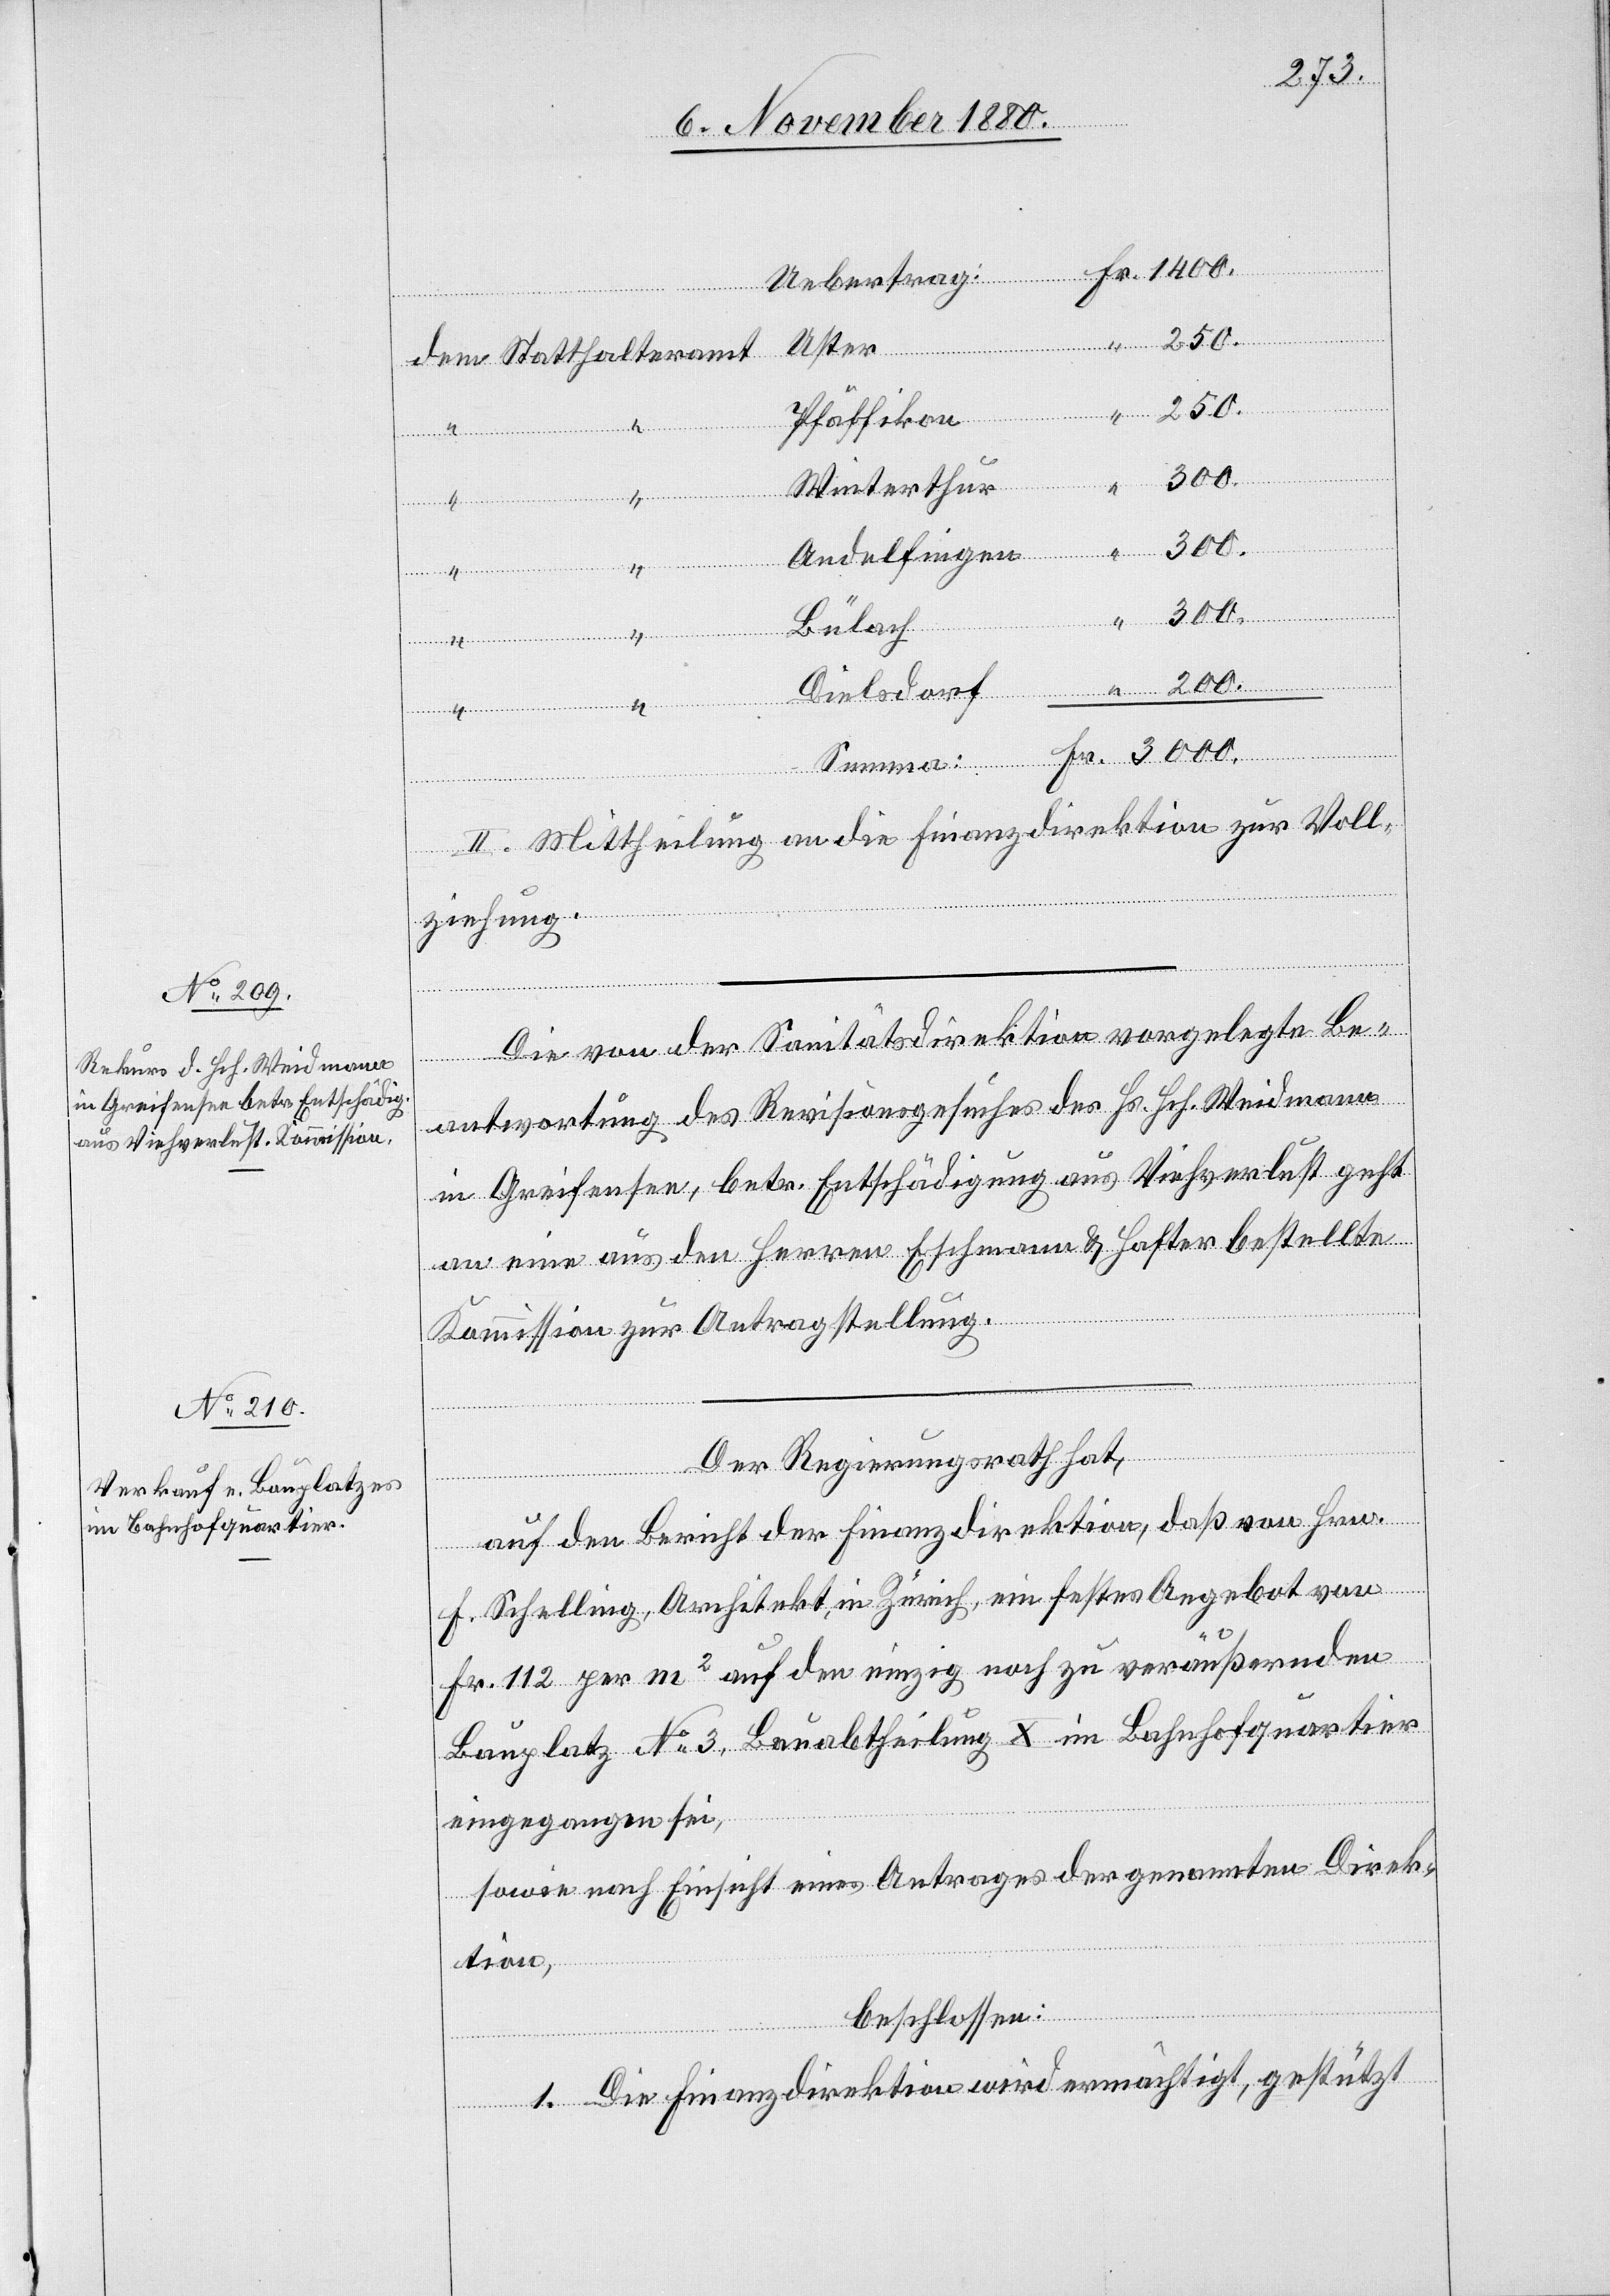
sdorf
Uster
250.
Pfäffikon
“
3000.
Fr.
Winterthur
Andelfingen
Bülach
Statthal¬
II. Mittheilung an die Finanzdirektion zur Voll¬
ziehung.
Die von der Sanitätsdirektion vorgelegte Be¬
antwortung des Revisionsgesuches des Hs. Hch. Weidmann
in Greifensee, betr. Entschädigung aus Viehverlust geht
an eine aus den Herren Eschmann & Hafter bestellte
Kommission zur Antragstellung.
Der Regierungsrath hat,
auf den Bericht der Finanzdirektion, daß von Hrn.
F. Schelling, Architekt, in Zürich, ein festes Angebot von
Fr. 112 per m2 auf den einzig noch zu veräußernden
Bauplatz No 3, Bauabtheilung X im Bahnhofquartier
eingegangen sei,
sowie nach Einsicht eines Antrages der genannten Direk¬
tion,
beschlossen:
1. Die Finanzdirektion wird ermächtigt, gestützt